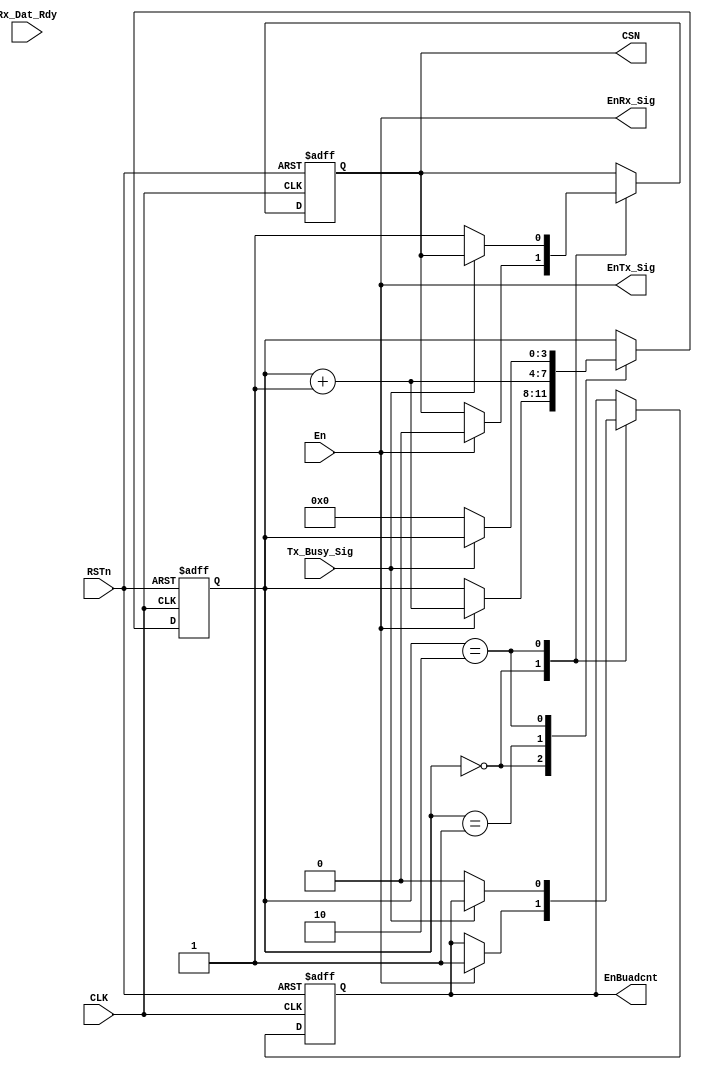
/**********************DAMMSTANGER COPYRIGHT @2016************************/	
//SPI_Ctl_module
//SPI,CSN
//	 dammstanger
//	 20160811
/*************************************************************************/	
module SPI_Ctl_module 
(
    CLK, RSTn, En, EnTx_Sig, EnRx_Sig, Tx_Busy_Sig, Rx_Dat_Rdy, EnBuadcnt, CSN
);
	input CLK;
	input RSTn;
	input En;
	output EnTx_Sig;
	output EnRx_Sig;
	input Tx_Busy_Sig;
	input Rx_Dat_Rdy;
	output EnBuadcnt;
	output CSN;
	
	parameter CLK_FREE_LEVEL = 1'b0;
	 /**********************************/
	 reg rEnBuadcnt;
	 reg rCSN;
	 reg [3:0]sta_BDR;

	 /**********************************/
always @ ( posedge CLK or negedge RSTn )
	if( !RSTn )begin
		sta_BDR <= 1'b0;
		rEnBuadcnt <= 1'b0;
		rCSN <= 1'b1;
	end
	else begin
		case(sta_BDR)
		4'b0:begin
		if(En)begin									//
			rCSN <= 1'b0;
			rEnBuadcnt <= 1'b1;				//
			sta_BDR <= sta_BDR + 1'b1;
			end
		end
		4'd1:
		sta_BDR <= sta_BDR + 1'b1; 	//
		4'd2:begin
			if(!CLK_FREE_LEVEL)begin
				if(!Tx_Busy_Sig)begin			//
					rCSN <= 1'b1;
					rEnBuadcnt <= 1'b0;			//
					sta_BDR <= 1'b0;
				end
			end
			else
				if(Rx_Dat_Rdy)begin
					rCSN <= 1'b1;
					rEnBuadcnt <= 1'b0;			//
					sta_BDR <= 1'b0;
				end
		end
	endcase
	end

assign CSN = rCSN;
assign EnTx_Sig = En;
assign EnRx_Sig = En;
assign EnBuadcnt = rEnBuadcnt;
endmodule